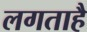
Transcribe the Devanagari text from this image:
लगताहै